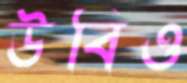
উবিও